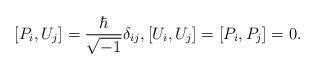
LaTeX: \begin{align*}[ P_i,U_j]=\frac{\hbar}{\sqrt{-1}}\delta_{ij},[ U_i,U_j]=[ P_i,P_j]=0.\end{align*}